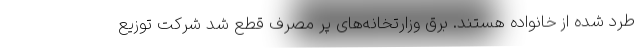
طرد شده از خانواده هستند. برق وزارتخانه‌های پر مصرف قطع شد شرکت توزیع